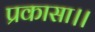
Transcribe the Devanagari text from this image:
प्रकासा।।